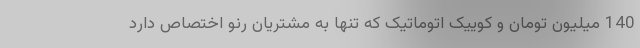
140 میلیون تومان و کوییک اتوماتیک که تنها به مشتریان رنو اختصاص دارد